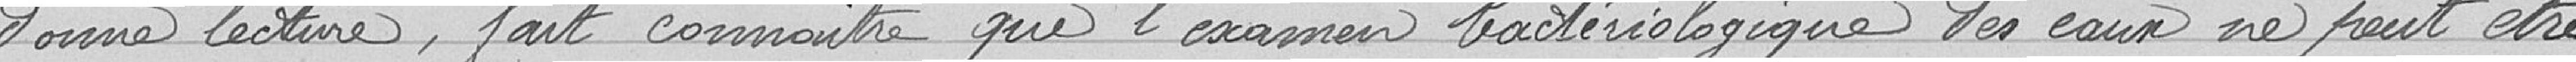
donne lecture fait connaitre que l'examen bactériologique des eaux ne peut être